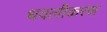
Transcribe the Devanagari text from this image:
धवलीकरण